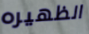
الظهيره